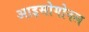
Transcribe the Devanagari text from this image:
आइसोगोनल